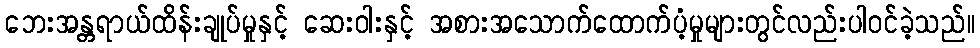
ဘေးအန္တရာယ်ထိန်းချုပ်မှုနှင့် ဆေးဝါးနှင့် အစားအသောက်ထောက်ပံ့မှုများတွင်လည်းပါဝင်ခဲ့သည်။